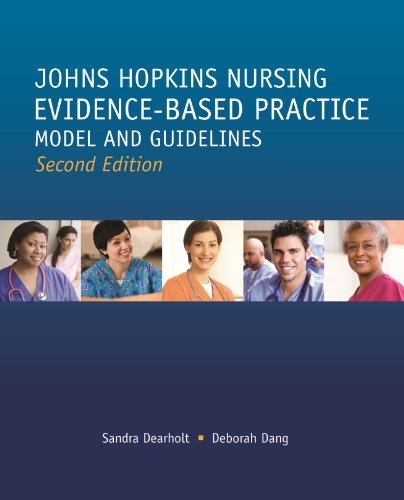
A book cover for Johns Hopkins Nursing Evidence Based Practice Model and Guidelines (Second Edition) (Dearholt, John Hopkins Nursing Evidence-Based Practice Model and Guidelines (previous); Sandra L. Dearholt MS RN; Medical Books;